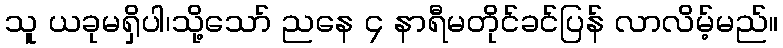
သူ ယခုမရှိပါ၊သို့သော် ညနေ ၄ နာရီမတိုင်ခင်ပြန် လာလိမ့်မည်။